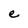
Character: e